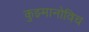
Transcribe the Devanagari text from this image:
कुझ्मानोविच